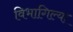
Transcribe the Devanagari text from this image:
विभागिल्या